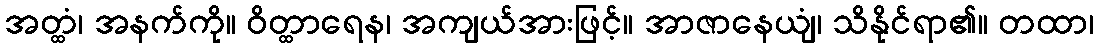
အတ္ထံ၊ အနက်ကို။ ဝိတ္ထာရေန၊ အကျယ်အားဖြင့်။ အာဇာနေယျံ၊ သိနိုင်ရာ၏။ တထာ၊